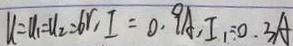
u = u _ { 1 } = u _ { 2 } = 6 r , I = 0 . 9 A , I _ { 1 } = 0 . 3 A